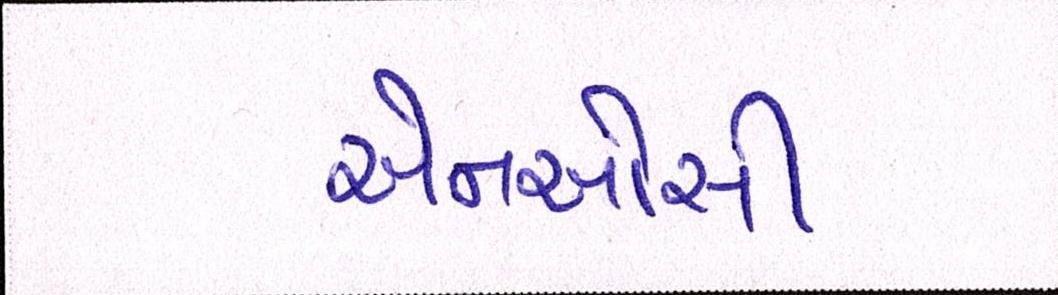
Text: એનઓસી